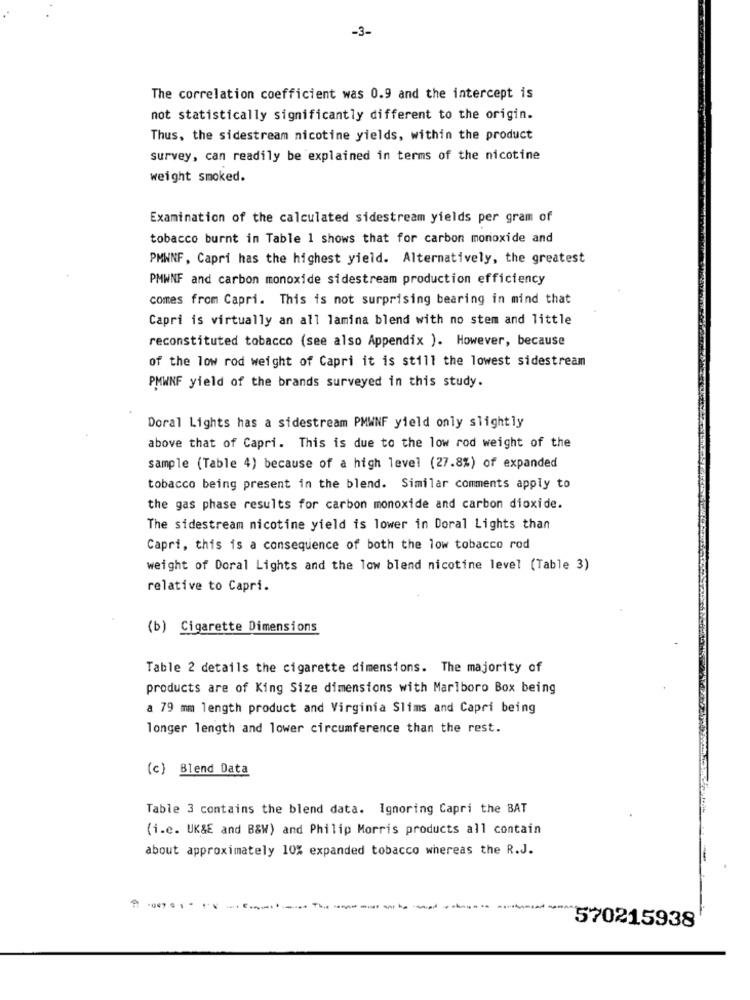
-3-
The correlation coefficient was 0.9 and the intercept is
not statistically significantly different to the origin.
Thus, the sidestream nicotine yields, within the product
survey, can readily be explained in terms of the nicotine
weight smoked.
Examination of the calculated sidestream yields per gram of
tobacco burnt in Table 1 shows that for carbon monoxide and
PMWNF, Capri has the highest yield. Alternatively, the greatest
PMWNF and carbon monoxide sidestream production efficiency
comes from Capri. This is not surprising bearing in mind that
Capri is virtually an all lamina blend with no stem and little
reconstituted tobacco (see also Appendix ). However, because
of the low rod weight of Capri it is still the lowest sidestream
PMWNF yield of the brands surveyed in this study.
Doral Lights has a sidestream PMWNF yield only slightly
above that of Capri. This is due to the low rod weight of the
sample (Table 4) because of a high level (27.8%) of expanded
tobacco being present in the blend. Similar comments apply to
the gas phase results for carbon monoxide and carbon dioxide.
The sidestream nicotine yield is lower in Doral Lights than
Capri, this is a consequence of both the low tobacco rod
weight of Doral Lights and the low blend nicotine level (Table 3)
relative to Capri.
(b) Cigarette Dimensions
Table 2 details the cigarette dimensions. The majority of
products are of King Size dimensions with Marlboro Box being
a 79 mm length product and Virginia Slims and Capri being
longer length and lower circumference than the rest.
(c) Blend Data
Table 3 contains the blend data. Ignoring Capri the BAT
(i.e. UK&E and B&W) and Philip Morris products all contain
about approximately 10% expanded tobacco whereas the R.J.
₱ -047 .1
570215938